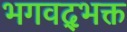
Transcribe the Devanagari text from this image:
भगवद्‌भक्त